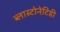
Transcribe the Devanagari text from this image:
ब्लास्टोनेटिडी